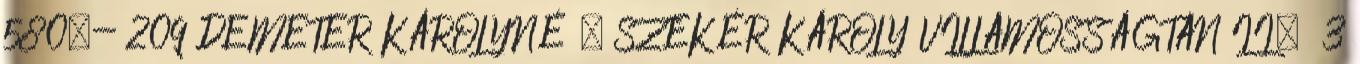
580,- 209 DEMETER KÁROLYNÉ – SZEKÉR KÁROLY VILLAMOSSÁGTAN II. 3